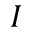
I